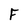
Character: F